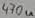
Text: 470u